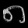
Digit: ၈